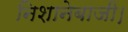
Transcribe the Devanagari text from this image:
निशानेबाजी।